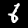
Digit: 6